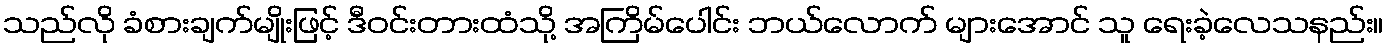
သည်လို ခံစားချက်မျိုးဖြင့် ဒီဝင်းတားထံသို့ အကြိမ်ပေါင်း ဘယ်လောက် များအောင် သူ ရေးခဲ့လေသနည်း။